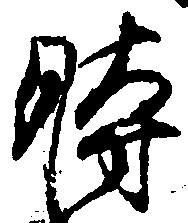
時